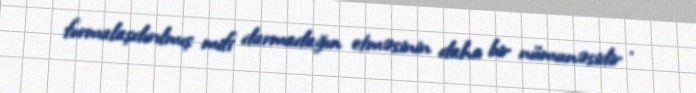
formalaşdırılmış mifi darmadağın etməsinin daha bir nümunəsidir .